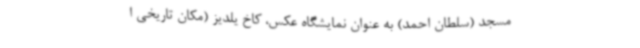
مسجد (سلطان احمد) به عنوان نمایشگاه عکس، کاخ یلدیز (مکان تاریخی ا